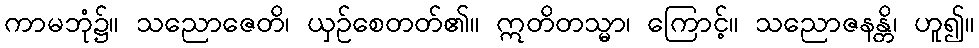
ကာမဘုံ၌။ သညောဇေတိ၊ ယှဉ်စေတတ်၏။ ဣတိတသ္မာ၊ ကြောင့်။ သညောဇနန္တိ၊ ဟူ၍။